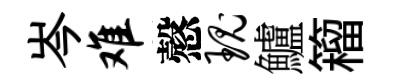
岑难慤瑰鱸籕